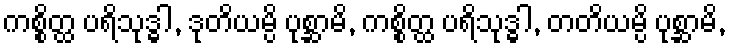
ကစ္စိတ္ထ ပရိသုဒ္ဓါ, ဒုတိယမ္ပိ ပုစ္ဆာမိ, ကစ္စိတ္ထ ပရိသုဒ္ဓါ, တတိယမ္ပိ ပုစ္ဆာမိ,